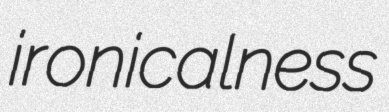
ironicalness